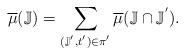
LaTeX: \begin{align*} &\overline{\mu}(\mathbb{J}) = \sum\limits_{(\mathbb{J}^{'},t^{'}) \in \pi^{'}}\overline{\mu}(\mathbb{J} \cap \mathbb{J}^{'}).\end{align*}